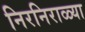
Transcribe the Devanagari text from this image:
निरनिराळ्या